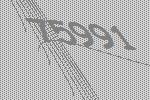
75991